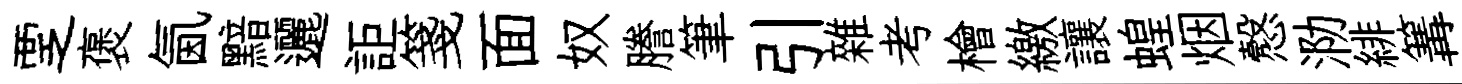
覂褒氤黯邐詎箋面奴謄筆引雜考檜繳讓蝗烟慤泐緋篝